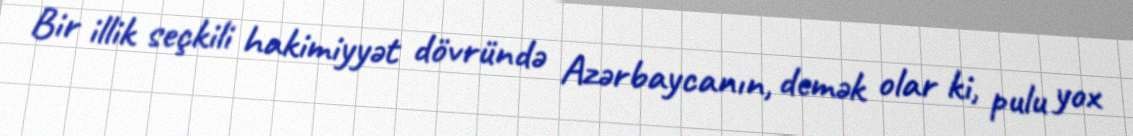
Bir illik seçkili hakimiyyət dövründə Azərbaycanın, demək olar ki, pulu yox